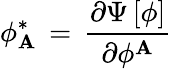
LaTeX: \phi_{\mathbf{A}}^{\ast}\, =\, {\frac{{\partial\Psi\, [\phi]}}{{\partial\phi^{\mathbf{A}}}}}